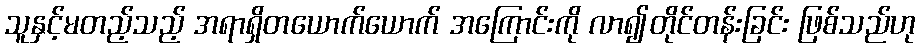
သူနှင့်မတည့်သည့် အရာရှိတယောက်ယောက် အကြောင်းကို လာ၍တိုင်တန်းခြင်း ဖြစ်သည်ဟု